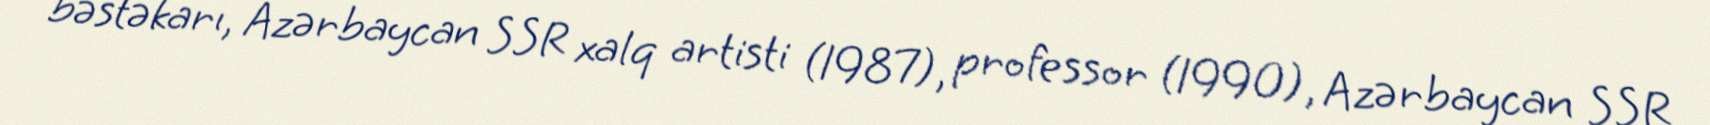
bəstəkarı, Azərbaycan SSR xalq artisti (1987), professor (1990), Azərbaycan SSR